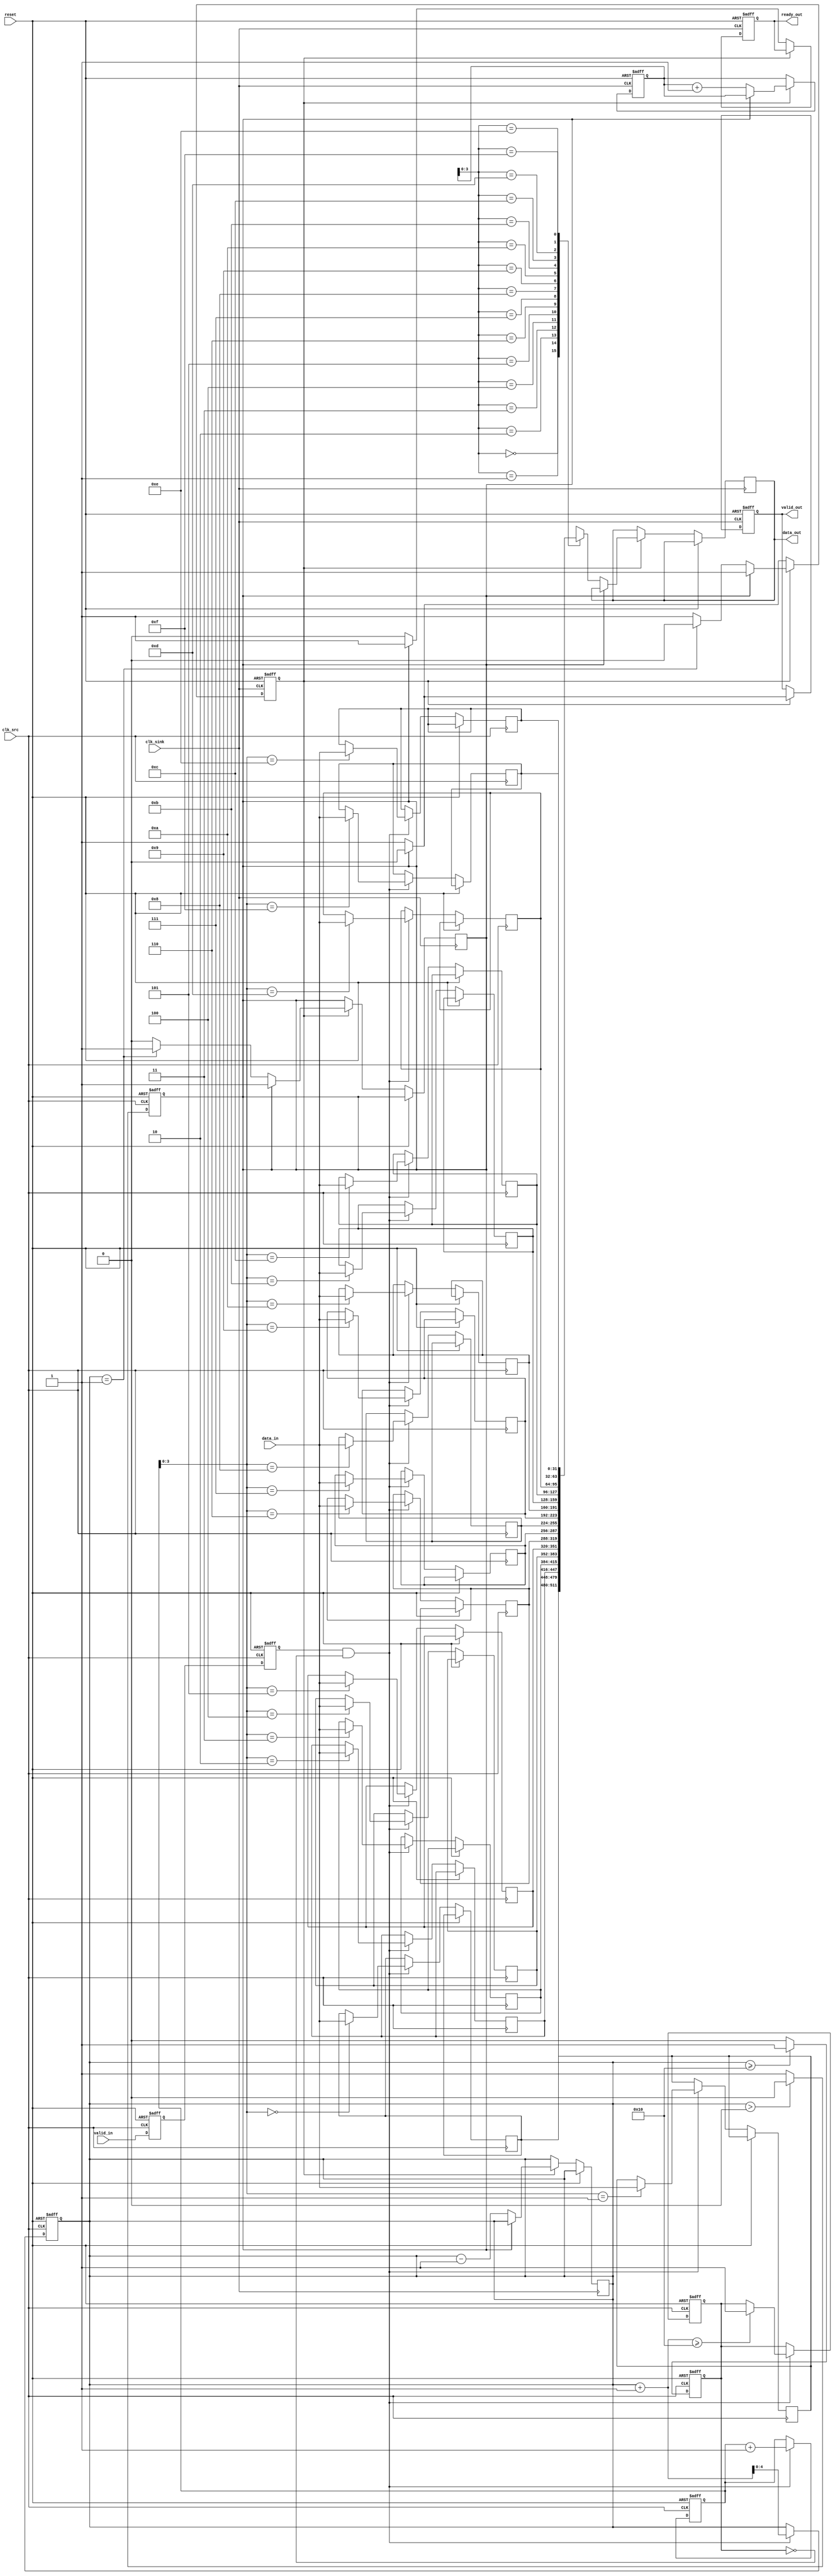
module burst_mode_synchronizer #(
    parameter DATA_WIDTH = 32,
    parameter FIFO_DEPTH = 16
) (
    input wire clk_src,               // Clock for the source domain
    input wire clk_sink,              // Clock for the sink domain
    input wire reset,                 // Asynchronous reset signal
    input wire [DATA_WIDTH-1:0] data_in,   // Data input from source
    input wire valid_in,              // Valid signal for the input data
    output reg ready_out,             // Ready signal for data sink
    output reg [DATA_WIDTH-1:0] data_out, // Data output to sink
    output reg valid_out              // Valid signal for output data
);

    // FIFO buffer for burst mode
    reg [DATA_WIDTH-1:0] fifo [0:FIFO_DEPTH-1];
    reg [4:0] write_ptr;  // Write pointer
    reg [4:0] read_ptr;   // Read pointer
    reg [4:0] count;      // Number of data in FIFO

    // Handshake signals
    reg fifo_full;
    reg fifo_empty;

    // Synchronization logic for valid_in signal
    reg valid_sync1, valid_sync2;

    // Burst control logic
    reg burst_active;

    // FIFO write process in source clock domain
    always @(posedge clk_src or posedge reset) begin
        if (reset) begin
            write_ptr <= 0;
            count <= 0;
            fifo_full <= 0;
            valid_sync1 <= 0;
            valid_sync2 <= 0;
        end else begin
            valid_sync1 <= valid_in;
            valid_sync2 <= valid_sync1;

            if (valid_sync2 && !fifo_full) begin
                fifo[write_ptr] <= data_in;
                write_ptr <= write_ptr + 1;
                count <= count + 1;

                if (count + 1 >= FIFO_DEPTH) begin
                    fifo_full <= 1;
                end
            end
        end
    end

    // FIFO read process in sink clock domain
    always @(posedge clk_sink or posedge reset) begin
        if (reset) begin
            read_ptr <= 0;
            ready_out <= 1;
            valid_out <= 0;
            burst_active <= 0;
        end else begin
            if (burst_active) begin
                if (!fifo_empty) begin
                    data_out <= fifo[read_ptr];
                    valid_out <= 1;
                    read_ptr <= read_ptr + 1;
                    count <= count - 1;

                    if (count == 1) begin
                        fifo_empty <= 1;
                        burst_active <= 0;
                    end
                end else begin
                    valid_out <= 0;
                end
            end else begin
                if (!fifo_empty) begin
                    ready_out <= 0;
                    burst_active <= 1;
                end else begin
                    ready_out <= 1;
                end
            end
        end
    end

    // Manage FIFO empty condition
    always @(posedge clk_src or posedge reset) begin
        if (reset) begin
            fifo_empty <= 1;
        end else begin
            if (count > 0)
                fifo_empty <= 0;
            else
                fifo_empty <= 1;
        end
    end

    // Manage FIFO full condition
    always @(posedge clk_src or posedge reset) begin
        if (reset) begin
            fifo_full <= 0;
        end else begin
            if (count >= FIFO_DEPTH)
                fifo_full <= 1;
            else
                fifo_full <= 0;
        end
    end

endmodule